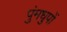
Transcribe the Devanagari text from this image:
पुंमधुपों